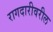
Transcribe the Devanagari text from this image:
रागदारीवरील